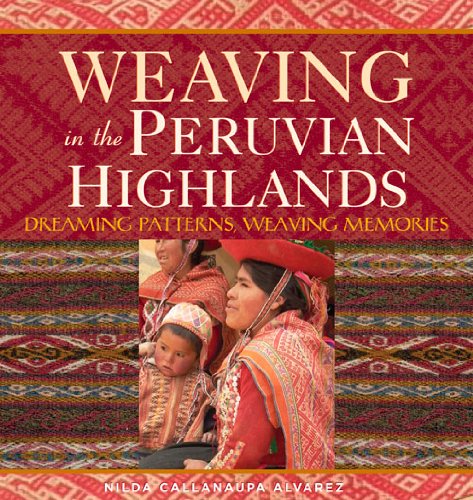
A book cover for Weaving in the Peruvian Highlands: Dreaming Patterns, Weaving Memories; Nilda CallaÃ±aupa Alvarez; Crafts, Hobbies & Home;